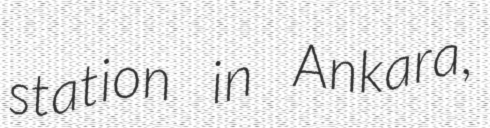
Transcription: station in Ankara,